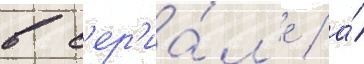
в с'ер'иа́л'е / а́